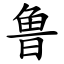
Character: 鲁